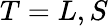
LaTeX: T=L,S